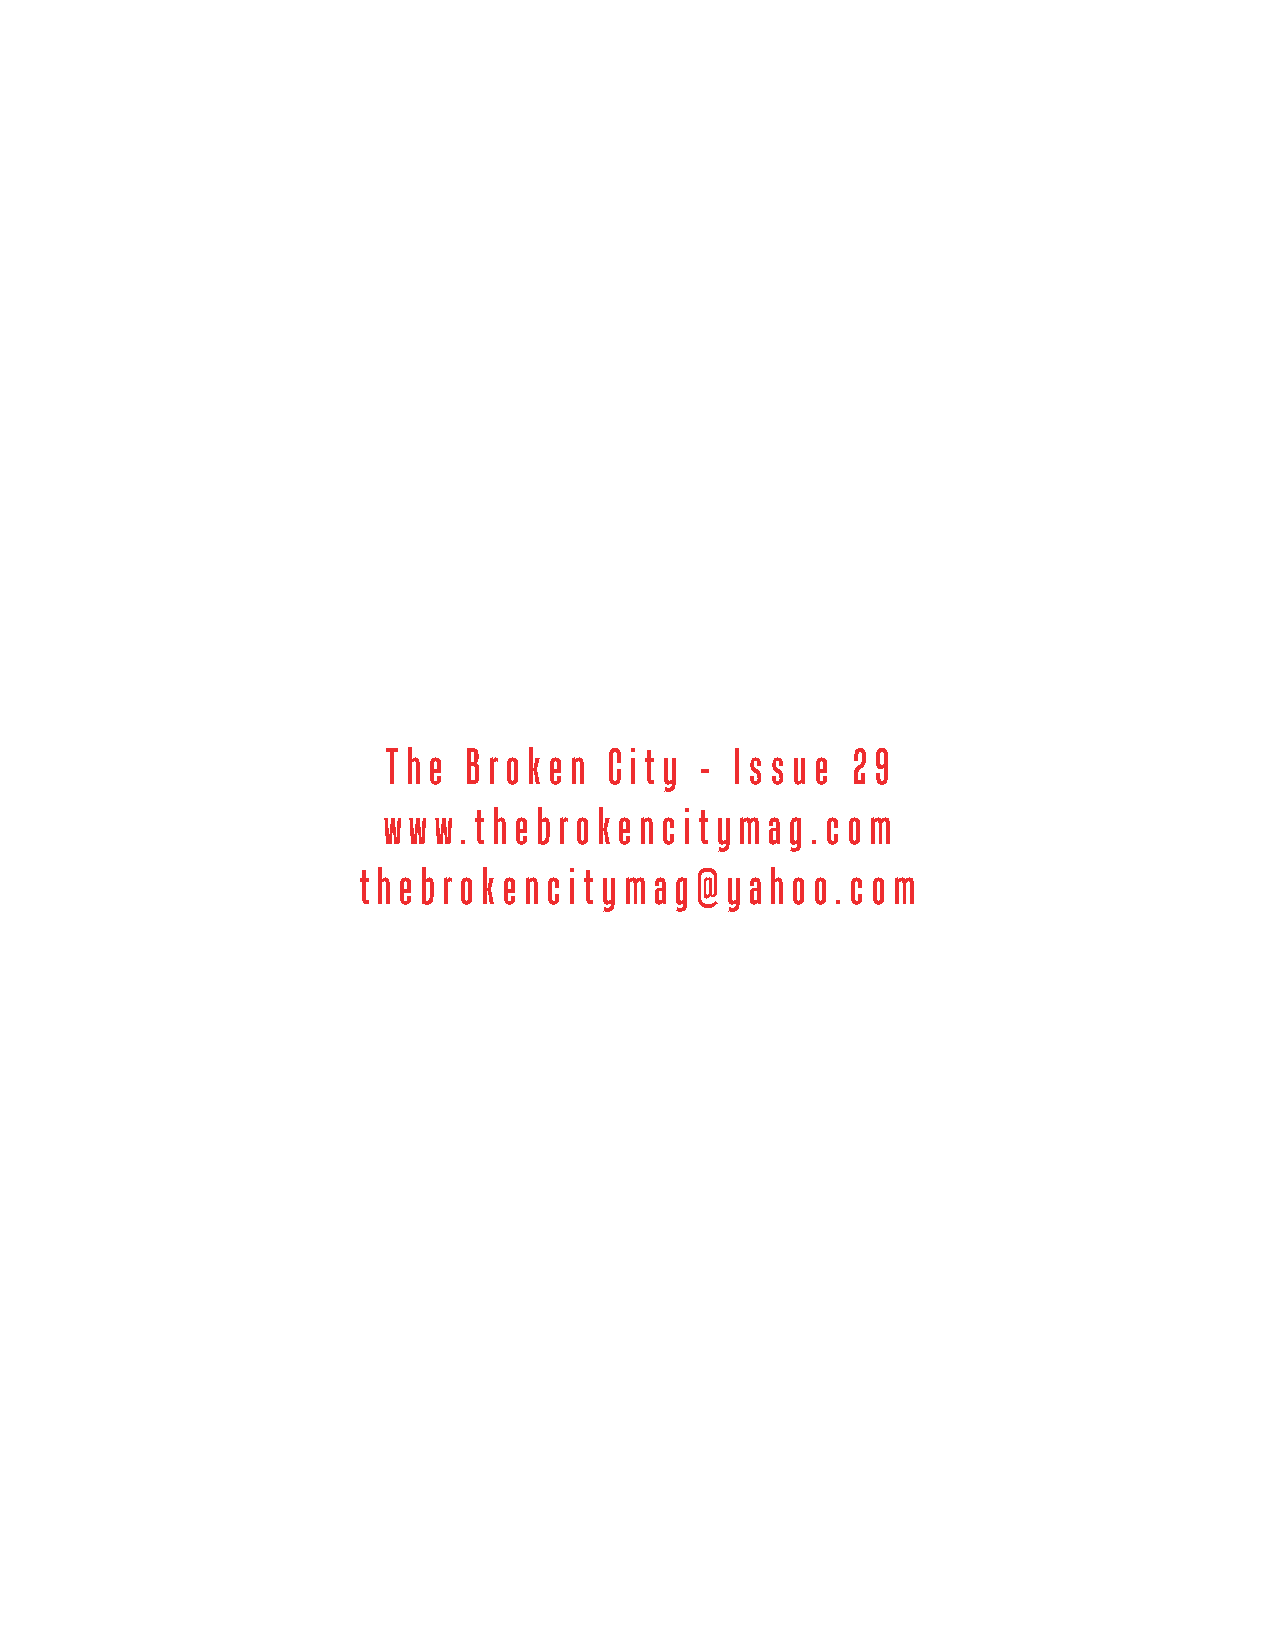
T h e B r o k e n C i t y - I s s u e 2 9
 w w w . t h e b r o k e n c i t y m a g . c o m
 t h e b r o k e n c i t y m a g @ y a h o o . c o m